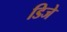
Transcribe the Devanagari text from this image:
डिजे